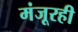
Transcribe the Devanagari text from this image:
मंजूरही